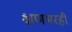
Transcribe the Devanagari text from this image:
क्षणभरही